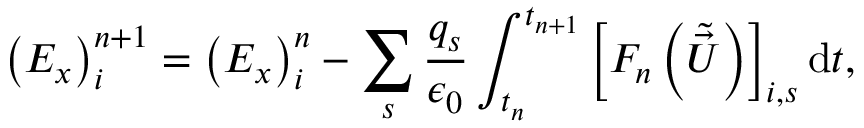
\left( E _ { x } \right) _ { i } ^ { n + 1 } = \left( E _ { x } \right) _ { i } ^ { n } - \sum _ { s } \frac { q _ { s } } { \epsilon _ { 0 } } \int _ { t _ { n } } ^ { t _ { n + 1 } } \left[ F _ { n } \left( \tilde { \vec { U } } \right) \right] _ { i , s } \mathrm { d } t ,